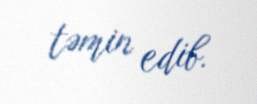
təmin edib.